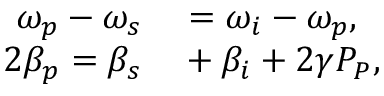
\begin{array} { r l } { \omega _ { p } - \omega _ { s } } & { { } = \omega _ { i } - \omega _ { p } , } \\ { 2 \beta _ { p } = \beta _ { s } } & { { } + \beta _ { i } + 2 \gamma P _ { P } , } \end{array}